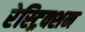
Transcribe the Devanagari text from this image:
रेस्ट्रिक्शन